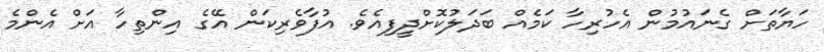
ހަޔާތަށް ގެނައުމުން އެހުރިހާ ކަމެއް ބަދަލުކޮށްދީފިއެވެ. އުފާވެރިކަން އޭގެ އިންތިހާ އަށް އެންމެ